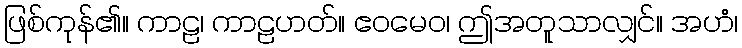
ဖြစ်ကုန်၏။ ကာဠ၊ ကာဠဟတ်။ ဧဝမေဝ၊ ဤအတူသာလျှင်။ အဟံ၊